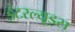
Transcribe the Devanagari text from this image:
इंटरल्यूड्स